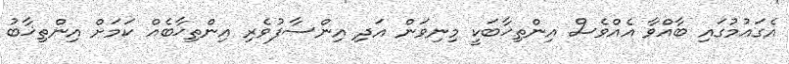
އެގައުމުގައި ބާއްވާ އެއްވެސް އިންތިޚާބަކީ މިނިވަން އަދި އިންސާފުވެރި އިންތިޚާބެއް ކަމަށް އިންތިޚާބު